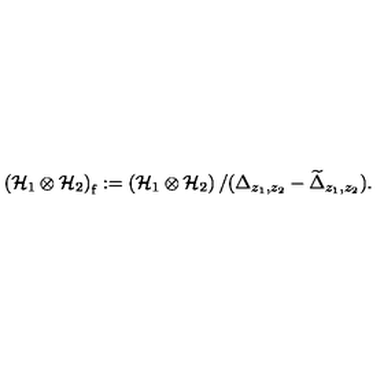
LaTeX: \left( { \cal H } _ { 1 } \otimes { \cal H } _ { 2 } \right) _ { \mathrm f } : = \left( { \cal H } _ { 1 } \otimes { \cal H } _ { 2 } \right) / ( \Delta _ { z _ { 1 } , z _ { 2 } } - \widetilde { \Delta } _ { z _ { 1 } , z _ { 2 } } ) .